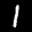
Label: 1